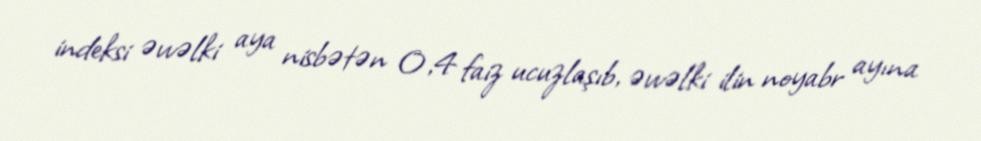
indeksi əvvəlki aya nisbətən 0,4 faiz ucuzlaşıb, əvvəlki ilin noyabr ayına